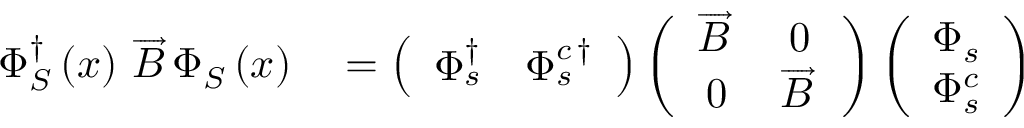
\begin{array} { r l } { \Phi _ { S } ^ { \dag } \left( x \right) \, \overrightarrow { B } \, \Phi _ { S } \left( x \right) } & { { } = \left( \begin{array} { c c } { \Phi _ { s } ^ { \dag } } & { \Phi _ { s } ^ { c \, \dag } } \end{array} \right) \left( \begin{array} { c c } { \overrightarrow { B } \, } & { 0 } \\ { 0 } & { \overrightarrow { B } \, } \end{array} \right) \left( \begin{array} { c } { \Phi _ { s } } \\ { \Phi _ { s } ^ { c } } \end{array} \right) } \end{array}